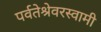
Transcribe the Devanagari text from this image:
पर्वतेश्रेवरस्वामी